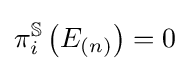
\pi _{i}^{\mathbb {S} }\left(E_{(n)}\right)=0